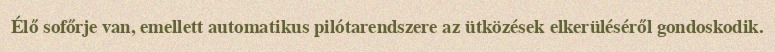
Élő sofőrje van, emellett automatikus pilótarendszere az ütközések elkerüléséről gondoskodik.